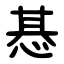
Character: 惎